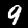
Label: 9